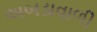
અબડાવાળી